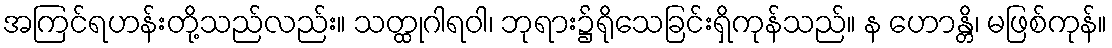
အကြင်ရဟန်းတို့သည်လည်း။ သတ္ထုဂါရဝါ၊ ဘုရား၌ရိုသေခြင်းရှိကုန်သည်။ န ဟောန္တိ၊ မဖြစ်ကုန်။